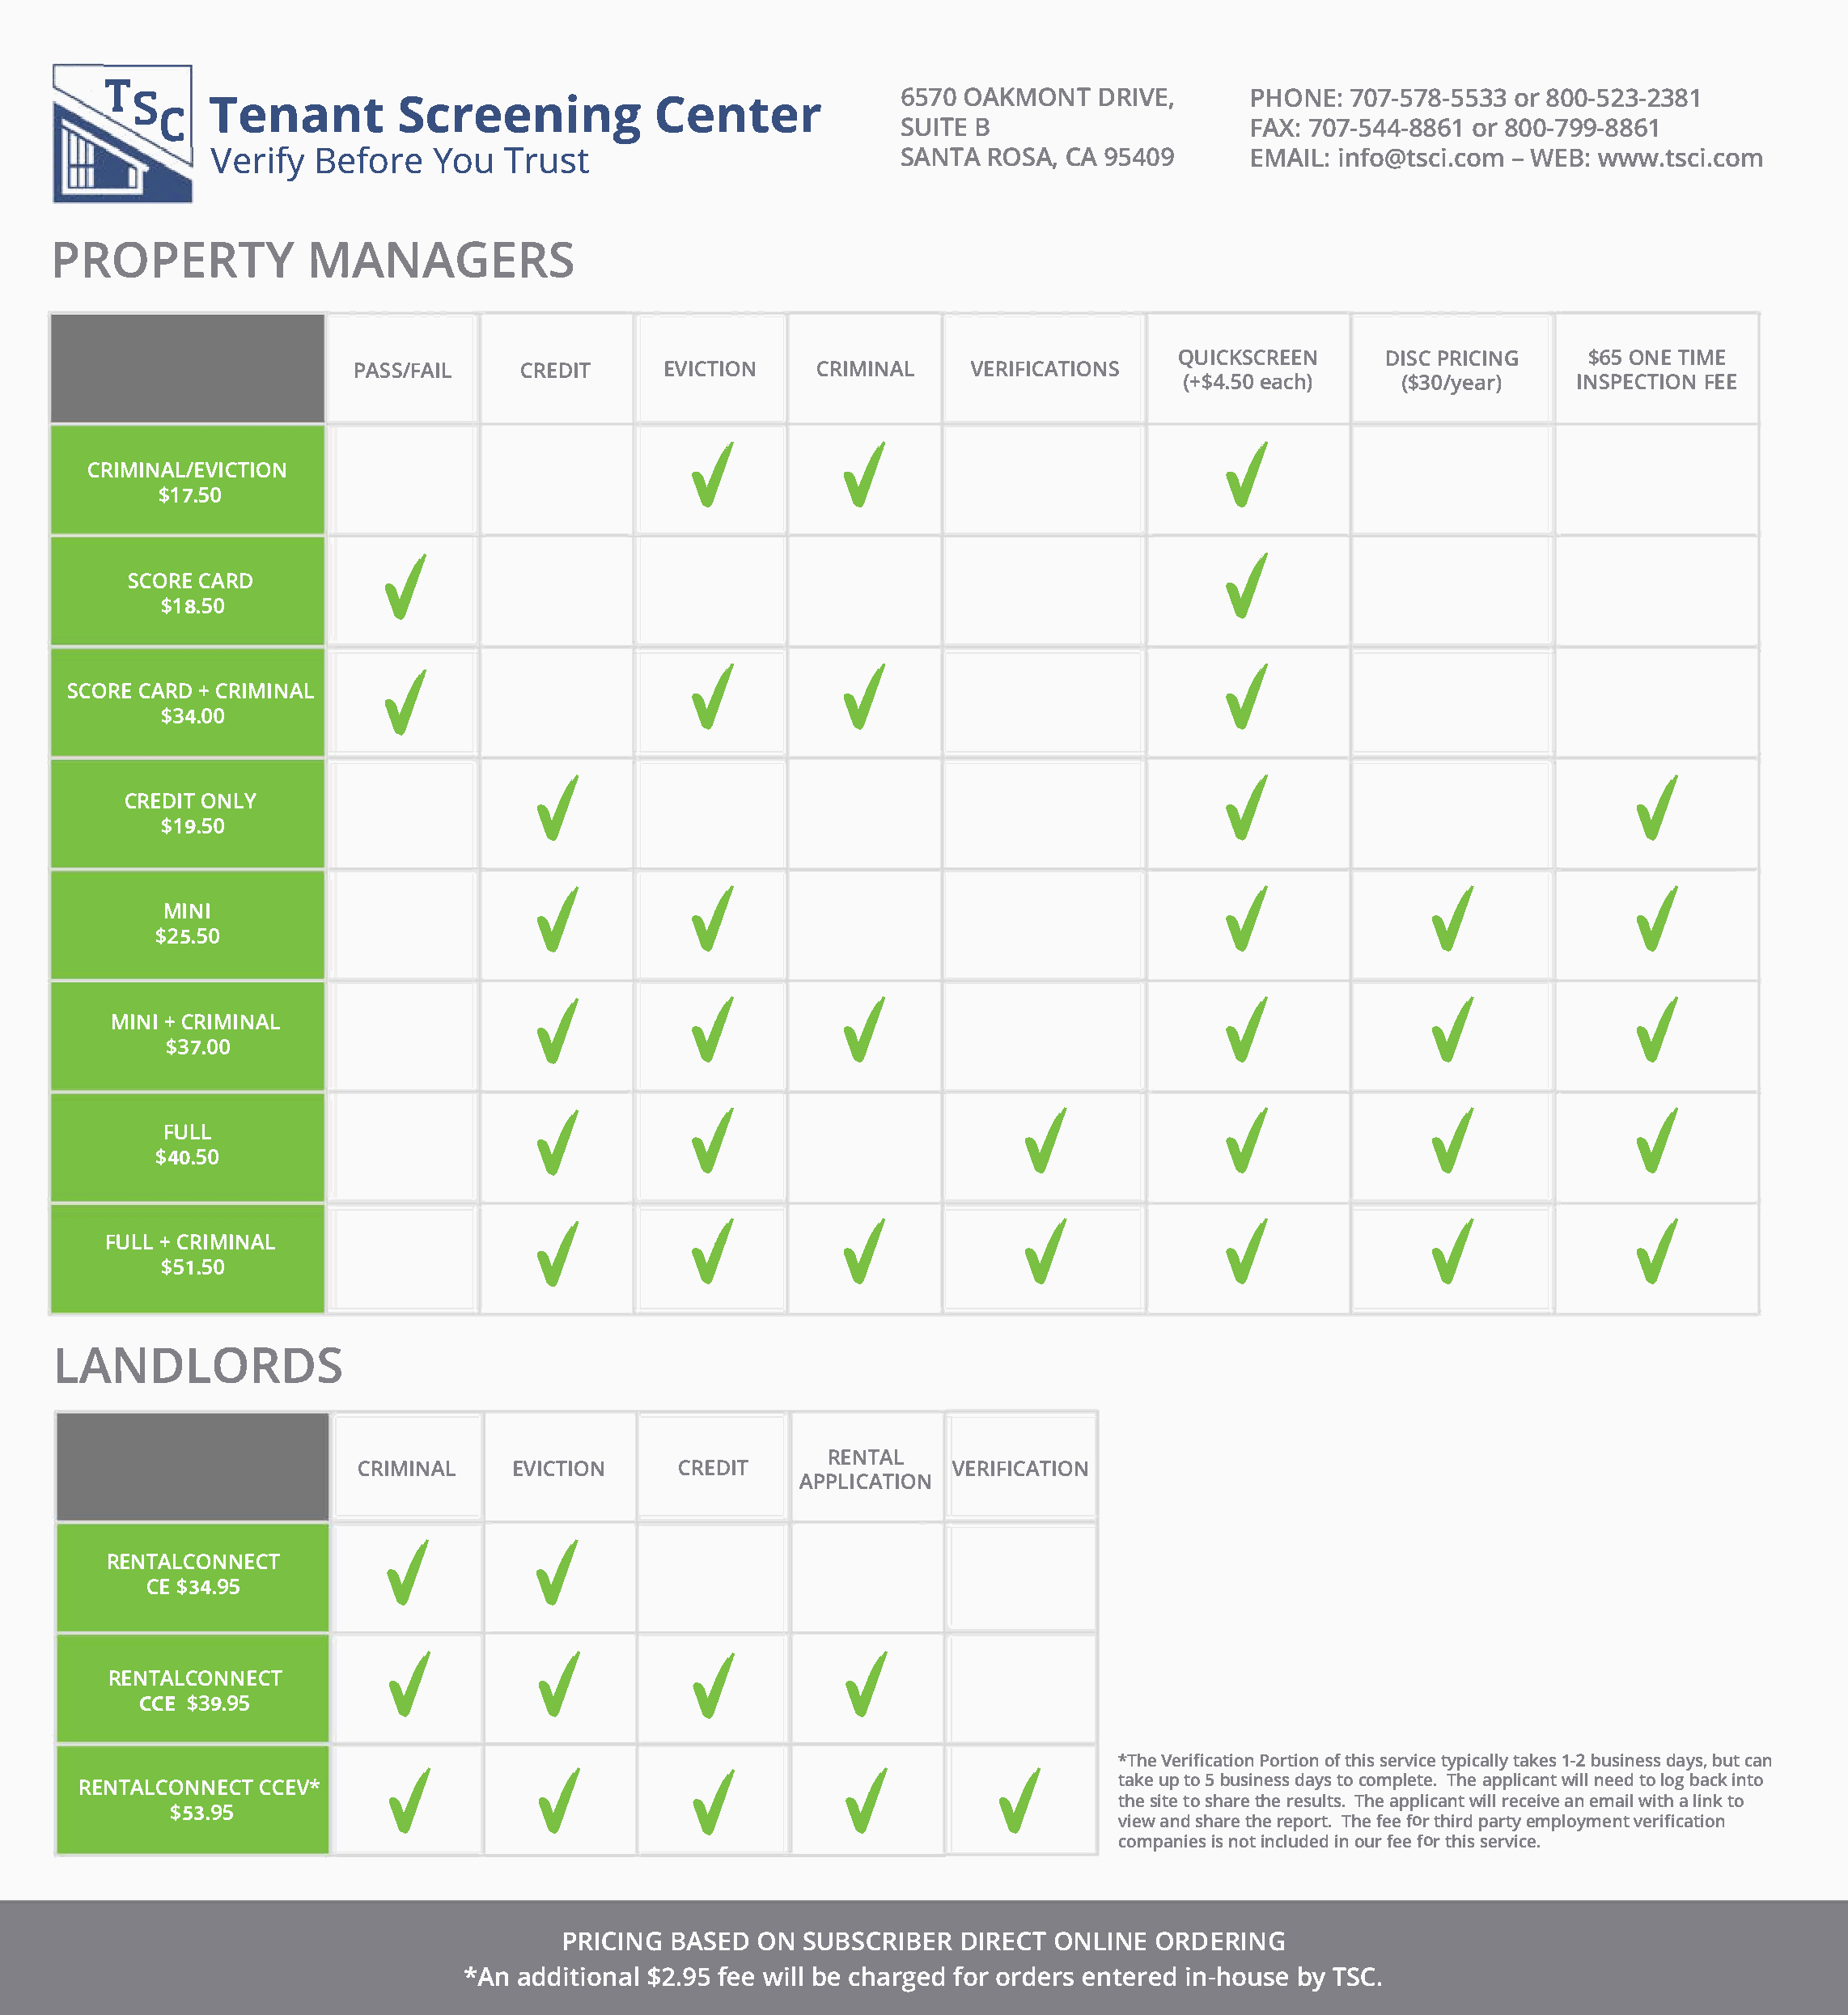
TsTee             naSnctr             eeCneinntge65                  7rO0A KMONDTR   IVE,    PHON7E0:7      -578o-r85   0503-35 23-2381
 SUIBT   E                   FAX7:0   7-544o-r88    0806-17 99-8861
 SANTRAO    SAC,A9 5409      EMAIiLn:f     o@ts-cWiE.Bcw:ow  mw .tsci.com
 VeriBfye      foYroeu         Trust
 PROPEMRATNYA                           GERS
 QUICKSCREEDNI        SPCR ICING$   65O NET IME
 PASS/FAICLR      EDIT    EVICTIONC      RIMINALV    ERIFICATIONS
 (+$4e.a5c0h  )    ($30/yearI)N     SPECTFIEOEN
 ✓           ✓                                       ✓
 CRIMINAL/EVICTION
 $17.50
 ✓                                                                    ✓
 SCORCEA   RD
 $18.50
 ✓           ✓                                       ✓
 ✓
 SCORCEA   RDC+R IMINAL
 $34.00
 ✓                                                       ✓                                         ✓
 CREDOINTL   Y
 $1.9 50
 ✓            ✓                                          ✓                         ✓                        ✓
 MINI
 $25.50
 ✓            ✓           ✓                                       ✓                        ✓                         ✓
 MIN+I C RIMINAL
 $3.7 00
 ✓            ✓                          ✓                   ✓                        ✓                   ✓
 FULL
 $40.50
 ✓            ✓           ✓                 ✓                        ✓                    ✓                        ✓
 FULLC+R  IMINAL
 $5.1 50
 LANDLORDS
 RENTAL
 CRIMINALE      VICTIONC     REDIT                VERIFICATION
 APPLICATION
 I
 ✓                   ✓
 RENTALNCEOCNT
 CE$34.95
 ✓                    ✓✓              ✓
 RENTALCON      NECT
 CCE $39.95
 *ThVee rifiPcoarttioiofton hn i sse rvtiycpei ctaalkl1ey-sb 2 u sindeasysbs u,ct a n
 RENTALCONCNCEECVT*        ✓                    ✓✓              ✓                    ✓ takuept o5 b usindeasyss c otmop leTtheea. p pliwcianlnelte tdol obga cikn to
 $53.95                                                                        thsei tteos hatrhere e sulTthsea. p pliwciarlneltc eainve em awiilt hl iant ko
 vieawn ds hatrhere e poTrhtef. e feor t hipradr etmyp loymveenrti fication
 companiisne osit n cluidnoe udfr e feor t hisse rvice.
 PRICIBNASGE     DO NS UBSCRIDBIERREO     CNTL IONER  DEIRNG
 *Ana  dditi$o2n.fa9el5we  i blelch argfeodor r  deernst eriend-  hobuyTs SeC .